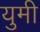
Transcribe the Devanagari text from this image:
युमी